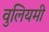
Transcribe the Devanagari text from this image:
वुलियमी